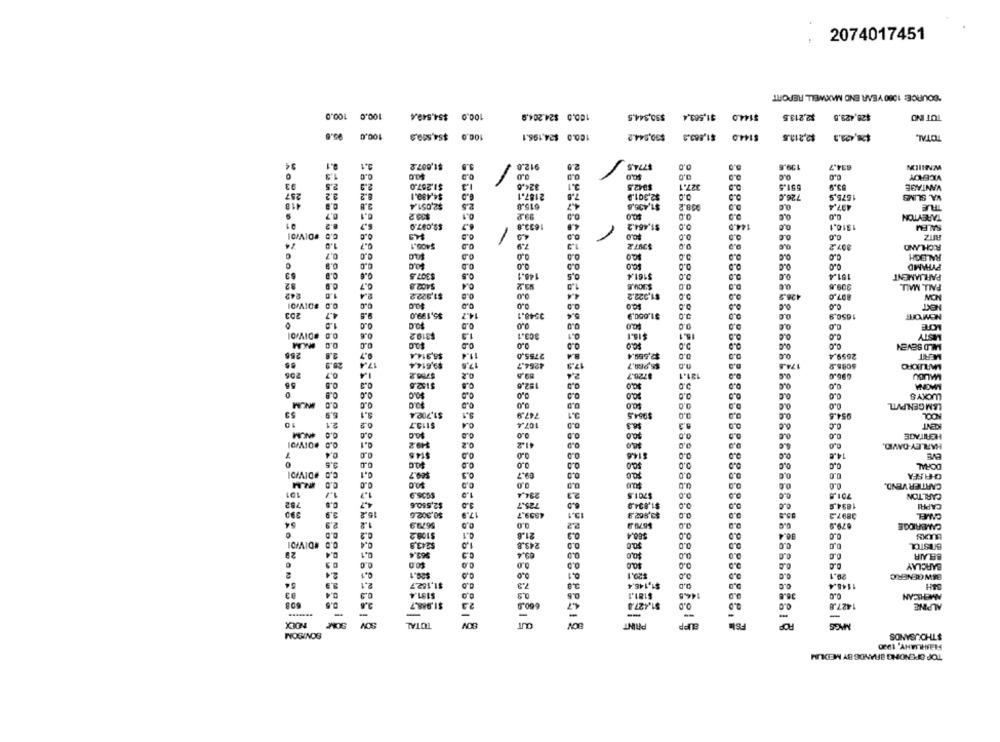
2074017451
"SOURCE: 1080 YEAR END MAXWELL REPORT
100.0 100.0
100.0 $54.549.4
100.0 $24.204,9
$50,344.5
$144.0 $1.563.4
$26,423.5 $2,213.5
TOT IND
95.6
100,0
100.0 $54,500,0
100.0 $24.195.1
$30,844.2
$144.0 $1,563.3
$2,212.5
$28,421,3
TOTAL.
$1,007.º
0
9.1
0.1
912.0
2.0
1774.5
634.7
WNIIIN
1,3
0.0
0.0
0.0
O.C
0.0
VICEROY
03
2.5
2.0
$1.267.0
324.5
2.1
$942.5
327.1
551.5
33.9
VANTAGE
8.2
2187.1
7.6
257
3.2
$4.489.1
$2,301.9
5.0
5.0
726.0
1575.9
VA. SLIMS
418
3.8
$2,051.4
2.5
615.8
4.7
$1,435,8
938.2
5.0
497.4
TLE
0.7
6.1
$10.2
0.1
93.2
0.0
0.0
TAREYTON
8.2
$9,087.0
1.7
633.8
$1.464.2
144.0
1310.1
SALEM
#DIVIDI
0.0
4.9
0.0
0.0
0.0
1.0
$406.1
7.9
$397.2
0.0
0.6
397.2
RICHLAND
0,7
0.0
0,0
5.0
0.0
RALEIGH
0.9
0.0
0.0
0.C
2.0
PYRAMID
0.6
$307.5
148.1
$161.4
0.0
191.4
PARLIAMENT
C.P
0.7
5402.8
1.0
0.0
0.0
309.6
PALL MALL
242
2.4
$1,322.2
0.0
0.0
$1,322.2
428,5
807.0
NOW
#DIVOI
9.0
0.0
0.0
NEXT
253
1.7
.6
$5,199.0
14.7
3548.1
5.4
$1,650.9
0.0
1650.9
1.0
0.0
0.0
0,0
MCRE
.DIVIDI
0.0
0.6
$310.2
303.1
0.1
$16.1
16.1
0.0
0.0
MISTY
0.0
0.0
0.0
5.0
MILD SEVEN
265
2.8
9.7
$5,914.4
11.4
2755,0
8.4
$2,559.4
0.0
0.0
2659.4
MERT
20.9
17.4
$9,614.4
4264.7
$5.289.7
174.5
56
206
0.7
1.4
$706.2
$728.7
131.1
MALIDU
0.6
$152.5
152.6
0,0
SCLo
0.0
0,0
MAGNA
0.9
0.0
0,0
0.0
0.0
0.C
1.0
LUCKY'S
0.0
0.0
0,0
0.0
$0.0
0.0
L&MGEN.PVTL
53
6.9
3,1
$1,702 4
747.9
3.1
$954.5
3,0
2ºº
954.6
NOOL
10
2.1
0.2
107.4
0.0
Se.S
5.3
$115.7
0.0
CENT
0.0
0.0
0.0
0.0
0.0
HERITAGE
$49.2
0.2
41-2
0,0
0.0
0.0
HARLEY-DAVID.
0.4
0.0
$14.5
0.0
0.0
$14.6
0.0
7
9.0
14.0
0.0
0.0
0.0
5.0
0,C
DORAL
DIVDI
2.0
0,1
$69.7
0.3
69.7
0.0
50.0
0.0
0.0
CHASEA
0.0
$0.0
0,0
0.0
CARTIER VEND.
101
1.7
1.7
234,4
$701.5
0.0
701.5
CARLTON
782
0.6
4.7
$2,550.6
3.0
725.7
$1.034.0
0.0
1834.9
CAPRI
3.9
15,2
17.9
4839.7
13.1
0.0
3.0
55.9
$8.302.G
2.2
$3,802.9
3897.3
CUMFL
2,9
1.2
5679.9
0.0
0.0
$679.2
0.0
0.0
.79.9
CAMBRIDGE
0.2
$108.2
0.1
21.8
0.3
560.4
0.0
36.4
0.0
C.D #DIVIDI
0.4
0.0
LLCXS
$243.3
243.8
0.0
0.0
BITSTOL
0.4
0,1
965.4
69.4
0.0
2.0
0.0
0.0
BB AIR
0.3
$0.0
0.0
0.0
$0.0
5.0
0.0
0.0
BARCLAY
0.1
2
2.4
$20.1
0.0
$29.1
0,0
29.1
BAWGENERIC
41
$1,152.7
0.0
7.3
3.8
$1,146,4
0.0
6.0
1145.4
03
0.4
0.3
$181.4
$181.1
144.0
36.6
0.0
AMERICAN
$1.988,7
2.3
660.9
$1.427.8
O.D
0.0
1427.8
ALPINE
-
-
-
-
INDEX
TOTAL
BOV
APP
PRINT
MIGS
SONTSOM
$THOUSANDS
TOP SPENDING BRANDS BY MEDUIM